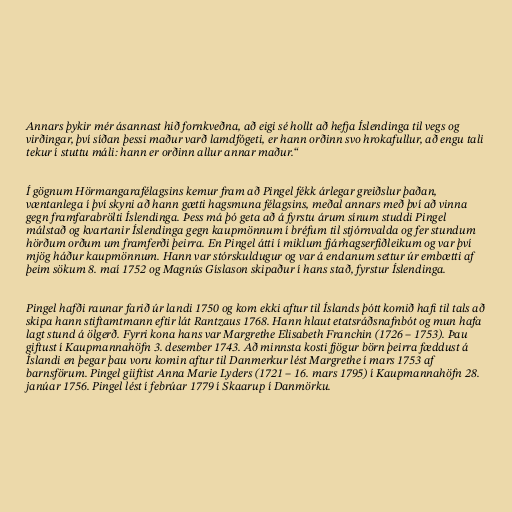
Annars þykir mér ásannast hið fornkveðna, að eigi sé hollt að hefja Íslendinga til vegs og
virðingar, því síðan þessi maður varð lamdfógeti, er hann orðinn svo hrokafullur, að engu tali
tekur í stuttu máli: hann er orðinn allur annar maður.“

Í gögnum Hörmangarafélagsins kemur fram að Pingel fékk árlegar greiðslur þaðan,
væntanlega í því skyni að hann gætti hagsmuna félagsins, meðal annars með því að vinna
gegn framfarabrölti Íslendinga. Þess má þó geta að á fyrstu árum sínum studdi Pingel
málstað og kvartanir Íslendinga gegn kaupmönnum í bréfum til stjórnvalda og fer stundum
hörðum orðum um framferði þeirra. En Pingel átti í miklum fjárhagserfiðleikum og var því
mjög háður kaupmönnum. Hann var stórskuldugur og var á endanum settur úr embætti af
þeim sökum 8. maí 1752 og Magnús Gíslason skipaður í hans stað, fyrstur Íslendinga.

Pingel hafði raunar farið úr landi 1750 og kom ekki aftur til Íslands þótt komið hafi til tals að
skipa hann stiftamtmann eftir lát Rantzaus 1768. Hann hlaut etatsráðsnafnbót og mun hafa
lagt stund á ölgerð. Fyrri kona hans var Margrethe Elisabeth Franchin (1726 – 1753). Þau
giftust í Kaupmannahöfn 3. desember 1743. Að minnsta kosti fjögur börn þeirra fæddust á
Íslandi en þegar þau voru komin aftur til Danmerkur lést Margrethe í mars 1753 af
barnsförum. Pingel giiftist Anna Marie Lyders (1721 – 16. mars 1795) í Kaupmannahöfn 28.
janúar 1756. Pingel lést í febrúar 1779 í Skaarup í Danmörku.